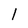
Character: l